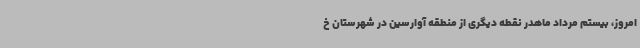
امروز، بیستم مرداد ماهدر نقطه دیگری از منطقه آوارسین در شهرستان خ